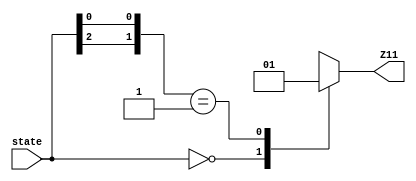
module Test7(input [2:0] state, output reg Z11);
   always @(*) begin
      casez (state)
	3'b000:  Z11 = 1'b0;
	3'b0?1:  Z11 = 1'b1;
	default: Z11 = 1'bx;
      endcase
   end
endmodule